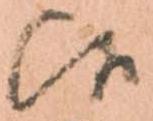
候